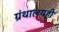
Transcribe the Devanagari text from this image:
ग्रंथालयही